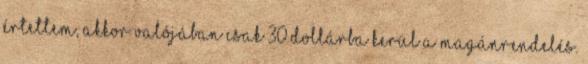
értettem, akkor valójában csak 30 dollárba kerül a magánrendelés.